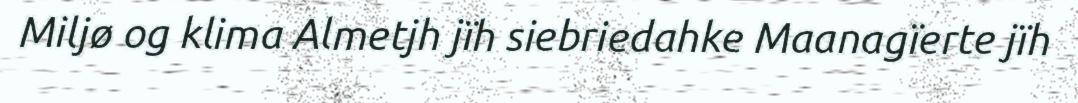
Miljø og klima Almetjh jïh siebriedahke Maanagïerte jïh